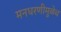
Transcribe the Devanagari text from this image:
मनधरणीमुळेच